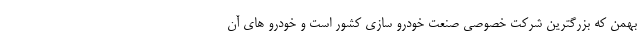
بهمن که بزرگترین شرکت خصوصی صنعت خودرو سازی کشور است و خودرو های آن